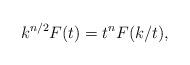
LaTeX: \begin{align*} k^{n/2} F(t) = t^n F(k/t),\end{align*}